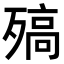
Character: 𣩅